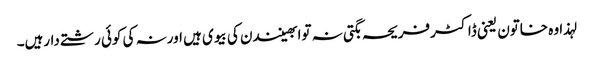
لہذا وہ خاتون یعنی ڈاکٹرفریحہ بگتی نہ توابھینندن کی بیوی ہیں اورنہ کی کوئی رشتے دارہیں۔